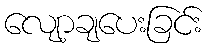
လျော့ချပေးခြင်း